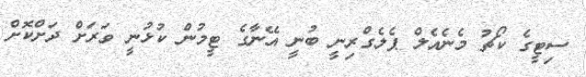
ސިޓީގެ ކޯޗު މެނެއެލް ޕެލެގްރިނީ ބުނީ އޭނާގެ ޓީމުން ކުޅުނީ ވަރަށް ދަށްކޮށް